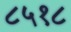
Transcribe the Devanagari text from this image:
८५१८